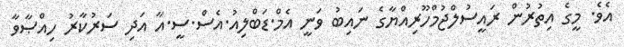
އެވެ. މީގެ އިތުރުން ރައީސުލްޖުމްހޫރިއްޔާގެ ނައިބު ވަނީ އެމް.ޑަބްލިއު.އެސް.ސީ.އާ އަދި ސަރުކާރު ހިއްޞާވާ